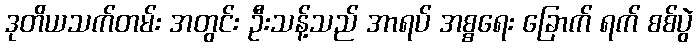
ဒုတိယသက်တမ်း အတွင်း ဦးသန့်သည် အာရပ် အစ္စရေး ခြောက် ရက် စစ်ပွဲ